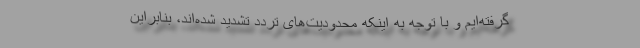
گرفته‌ایم و با توجه به اینکه محدودیت‌های تردد تشدید شده‌اند، بنابراین